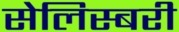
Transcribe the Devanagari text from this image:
सेलिस्बरी